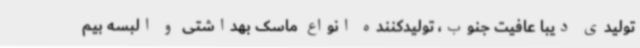
تولیدی دیبا عافیت جنوب، تولیدکننده انواع ماسک بهداشتی و البسه بیم